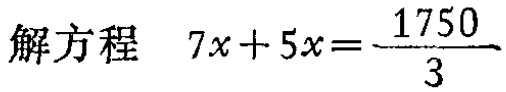
解方程 \(7x + 5x=\frac{1750}{3}\)